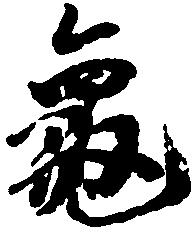
亀